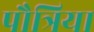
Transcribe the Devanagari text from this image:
पौत्रिया